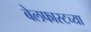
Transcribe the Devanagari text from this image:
बेलफास्टच्या